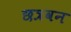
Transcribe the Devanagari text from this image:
छत्रवन